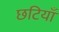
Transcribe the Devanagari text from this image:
छटियाँ